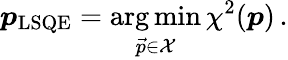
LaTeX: \boldsymbol{p}_{\mathrm{LSQE}}=\underset{\vec{p}\in\mathcal{X}}{\arg\operatorname*{min}}\, \chi^{2}(\boldsymbol{p})\, .